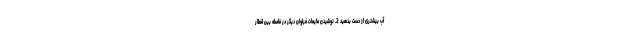
آب بیشتری از دست بدهید 2. نوشیدن مایعات فراوان دیگر در فاصله بین افطار